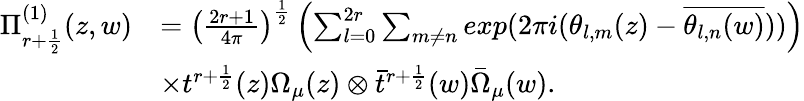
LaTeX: \begin{array}{rl}{\Pi_{r+\frac{1}{2}}^{(1)}(z,w)}&{=\left(\frac{2r+1}{4\pi}\right)^{\frac{1}{2}}\left(\sum_{l=0}^{2r}\sum_{m\neq n}exp(2\pi i(\theta_{l,m}(z)-\overline{{\theta_{l,n}(w)}}))\right)}\\ &{\times t^{r+\frac{1}{2}}(z)\Omega_{\mu}(z)\otimes\bar{t}^{r+\frac{1}{2}}(w)\bar{\Omega}_{\mu}(w).}\end{array}